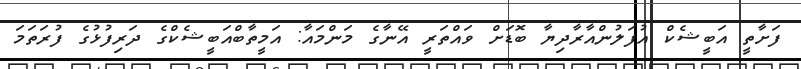
ފަށާތީ އަބީޝެކް އުފަލުންއާރާދިޔާ ބޮޑަށް ވައްތަރީ އޭނާގެ މަންމައާ: އަމީތާބްއަބީޝެކްގެ ދަރިފުޅުގެ ފުރަތަމަ